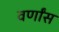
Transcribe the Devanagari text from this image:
वर्णांस